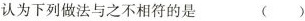
认为下列做法与之不相符的是（）